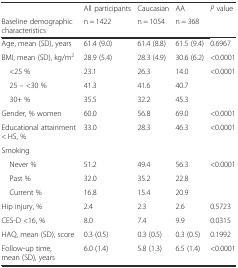
<table><thead><tr><td></td><td><b>All participants</b></td><td><b>Caucasian</b></td><td><b>AA</b></td><td><b><i>P</i> value</b></td></tr><tr><td><b>Baseline demographic characteristics</b></td><td><b>n = 1422</b></td><td><b>n = 1054</b></td><td><b>n = 368</b></td><td></td></tr></thead><tbody><tr><td>Age, mean (SD), years</td><td>61.4 (9.0)</td><td>61.4 (8.8)</td><td>61.5 (9.4)</td><td>0.6967</td></tr><tr><td>BMI, mean (SD), kg/m<sup>2</sup></td><td>28.9 (5.4)</td><td>28.3 (4.9)</td><td>30.6 (6.2)</td><td>&lt;0.0001</td></tr><tr><td> &lt;25 %</td><td>23.1</td><td>26.3</td><td>14.0</td><td>&lt;0.0001</td></tr><tr><td> 25 – &lt;30 %</td><td>41.3</td><td>41.6</td><td>40.7</td><td></td></tr><tr><td> 30+ %</td><td>35.5</td><td>32.2</td><td>45.3</td><td></td></tr><tr><td>Gender, % women</td><td>60.0</td><td>56.8</td><td>69.0</td><td>&lt;0.0001</td></tr><tr><td>Educational attainment &lt; HS, %</td><td>33.0</td><td>28.3</td><td>46.3</td><td>&lt;0.0001</td></tr><tr><td>Smoking</td><td></td><td></td><td></td><td></td></tr><tr><td> Never %</td><td>51.2</td><td>49.4</td><td>56.3</td><td>&lt;0.0001</td></tr><tr><td> Past %</td><td>32.0</td><td>35.2</td><td>22.8</td><td></td></tr><tr><td> Current %</td><td>16.8</td><td>15.4</td><td>20.9</td><td></td></tr><tr><td>Hip injury, %</td><td>2.4</td><td>2.3</td><td>2.6</td><td>0.5723</td></tr><tr><td>CES-D &lt;16, %</td><td>8.0</td><td>7.4</td><td>9.9</td><td>0.0315</td></tr><tr><td>HAQ, mean (SD), score</td><td>0.3 (0.5)</td><td>0.3 (0.5)</td><td>0.3 (0.5)</td><td>0.1992</td></tr><tr><td>Follow-up time, mean (SD), years</td><td>6.0 (1.4)</td><td>5.8 (1.3)</td><td>6.5 (1.4)</td><td>&lt;0.0001</td></tr></tbody></table>